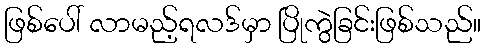
ဖြစ်ပေါ် လာမည့်ရလဒ်မှာ ပြိုကွဲခြင်းဖြစ်သည်။